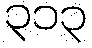
၃၁၃